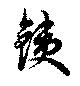
鉄